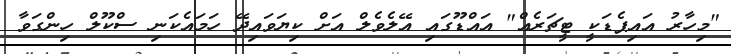
"މިހާރު އައިޕެޑަކީ ޓީޗަރެއް" އައްޑޫގައި އޭލެވެލް އަށް ކިޔަވައިދޭ ހަމައެކަނި ސްކޫލް ހިންގަވާ